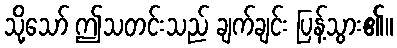
သို့သော် ဤသတင်းသည် ချက်ချင်း ပြန့်သွား၏။